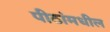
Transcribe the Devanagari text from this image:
पीठांमधील